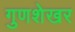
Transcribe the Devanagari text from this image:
गुणशेखर